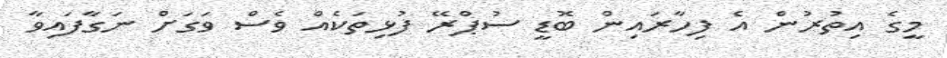
މީގެ އިތުރުން އެ ފިހާރައިން ބޮޑީ ސުޕްރޭ ފުޅިތަކެއް ވެސް ވަގަށް ނަގާފައިވާ